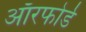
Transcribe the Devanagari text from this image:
ऑरफोर्ड